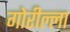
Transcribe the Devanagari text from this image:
गोरील्ला